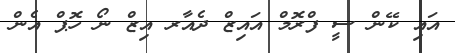
އައި ކޭން ސީ ފްރޮމް އައިޒް ދެއާރ އިޒް ނޯ ހޮޕް އެން